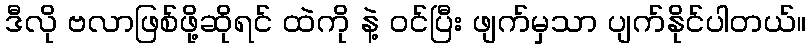
ဒီလို ဗလာဖြစ်ဖို့ဆိုရင် ထဲကို နဲ့ ဝင်ပြီး ဖျက်မှသာ ပျက်နိုင်ပါတယ်။